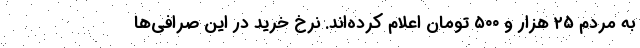
به مردم ۲۵ هزار و ۵۰۰ تومان اعلام کرده‌اند. نرخ خرید در این صرافی‌ها